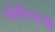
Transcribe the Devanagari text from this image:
काँग्रेसाची